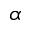
\alpha